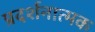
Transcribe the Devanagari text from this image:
प्रदर्शनात्‍मक